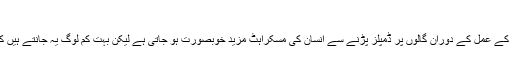
ایک دلچسپ اور معلوماتی خبر
لاہور(ویب ڈیسک) مسکراہٹ سب کو اچھی لگتی ہے اور ہنسنے کے عمل کے دوران گالوں پر ڈمپلز پڑنے سے انسان کی مسکراہٹ مزید خوبصورت ہو جاتی ہے لیکن بہت کم لوگ یہ جانتے ہیں کہ یہ ڈمپلزدراصل پٹھوں میں خرابی کی وجہ سے پیدا ہوتے ہیں ۔